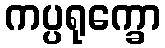
ကပ္ပရုက္ခော